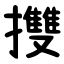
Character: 㩳